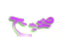
صحيح